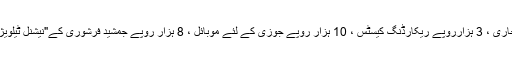
25 ہزارروپے جوزی ، 25ہزار روپے بخاری ، 3 ہزارروپے ریکارڈنگ کیسٹس ، 10 ہزار روپے جوزی کے لئے موبائل ، 8 ہزار روپے جمشید فرشوری کے"نیشنل ٹیلویژن سٹوڈیو" کے سامان کی سیکیورٹی لئے ۔